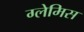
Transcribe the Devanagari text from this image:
ग्लेमिस